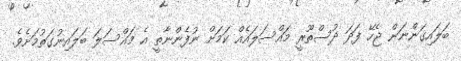
ބަލައިގަންނަން ޖެހޭ ފަދަ ދުސްތޫރީ މައްސަލައެއް ކަމަށް ނުފެންނާތީ އެ މައްސަލަ ބަލައިނުގަތުމަށެވެ.